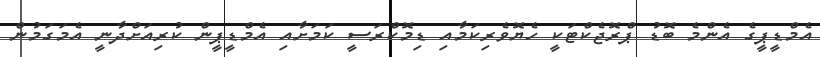
އެމްޑީޕީގެ އެންމެ ބޮޑު ޕްރޮޖެކްޓަކީ ހެޔޮވެރިކަމާއި ޑިމޮކްރަސީ ކަމަށާއި އެމްޑީޕީން ކުރިއަށްދާނީ އެމަގަމުން